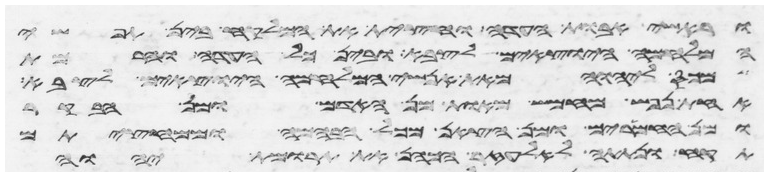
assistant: וראשי אבות העדה וחצית את המלקח בין תפשי
המלחמה היוצאים לצבא ובין כל העדה והרמת
מכס ליהוה מאת אנשי המלחמה היוצאים לצבא
אחת נפש מחמש מאות מן האדם ומן הבקר
ומן החמרים ומן הצאן מכל הבהמה ממחציתם
תקח ונתתה לאלעזר הכהן את תרומת יהוה